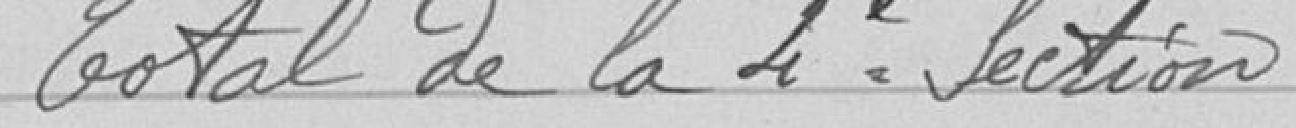
Total de la quatrième Section